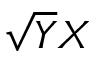
\sqrt { Y } X